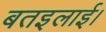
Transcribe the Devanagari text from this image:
बतइलाई।